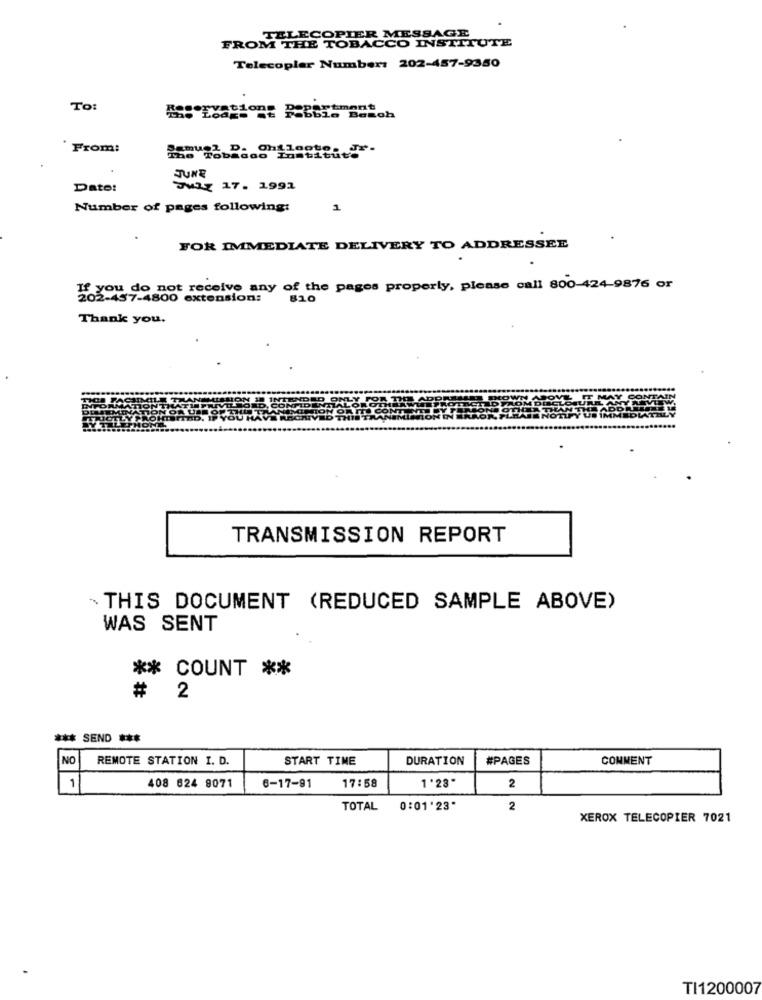
FROM THE TOBACO
LECOPIER MESSAGE
CO INSTITUTE
Telecopler Number: 202-457-9350
To:
tment
From:
JUNE
Date:
July 17. 1991
Number of pages following:
1
FOR IMMEDIATE DELIVERY TO ADDRESSEE
If you do not receive any of the pages properly, please call 800-424-9876 or
202-457-4800
extension:
810
Thank you.
TRANSMISSION REPORT
. THIS DOCUMENT (REDUCED SAMPLE ABOVE)
WAS SENT
** COUNT **
# 2
*** SEND ***
NC
REMOTE STATION I. D.
START TIME
DURATION
#PAGES
COMMENT
17:58
1 '28"
2
1
408 624 9071
6-17-91
TOTAL
0:01'23"
2
XEROX TELECOPIER 7021
TI1200007